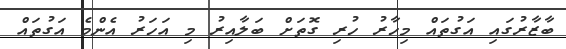
ބާޒާރުގައި އަގުތައް މިހާރު ހުރި ގޮތަށް ބަލާއިރު މި އަހަރު އެންމެ އަގުތައް